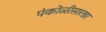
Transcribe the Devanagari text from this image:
पंकोळीसारखा